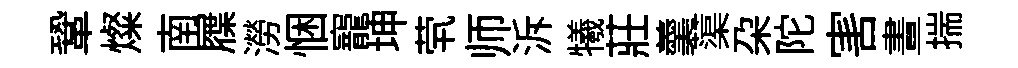
鞏燦南屧澇悃寵坤茕师泝犧莊羹蕖朶陀害晝揣